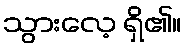
သွားလေ့ ရှိ၏။